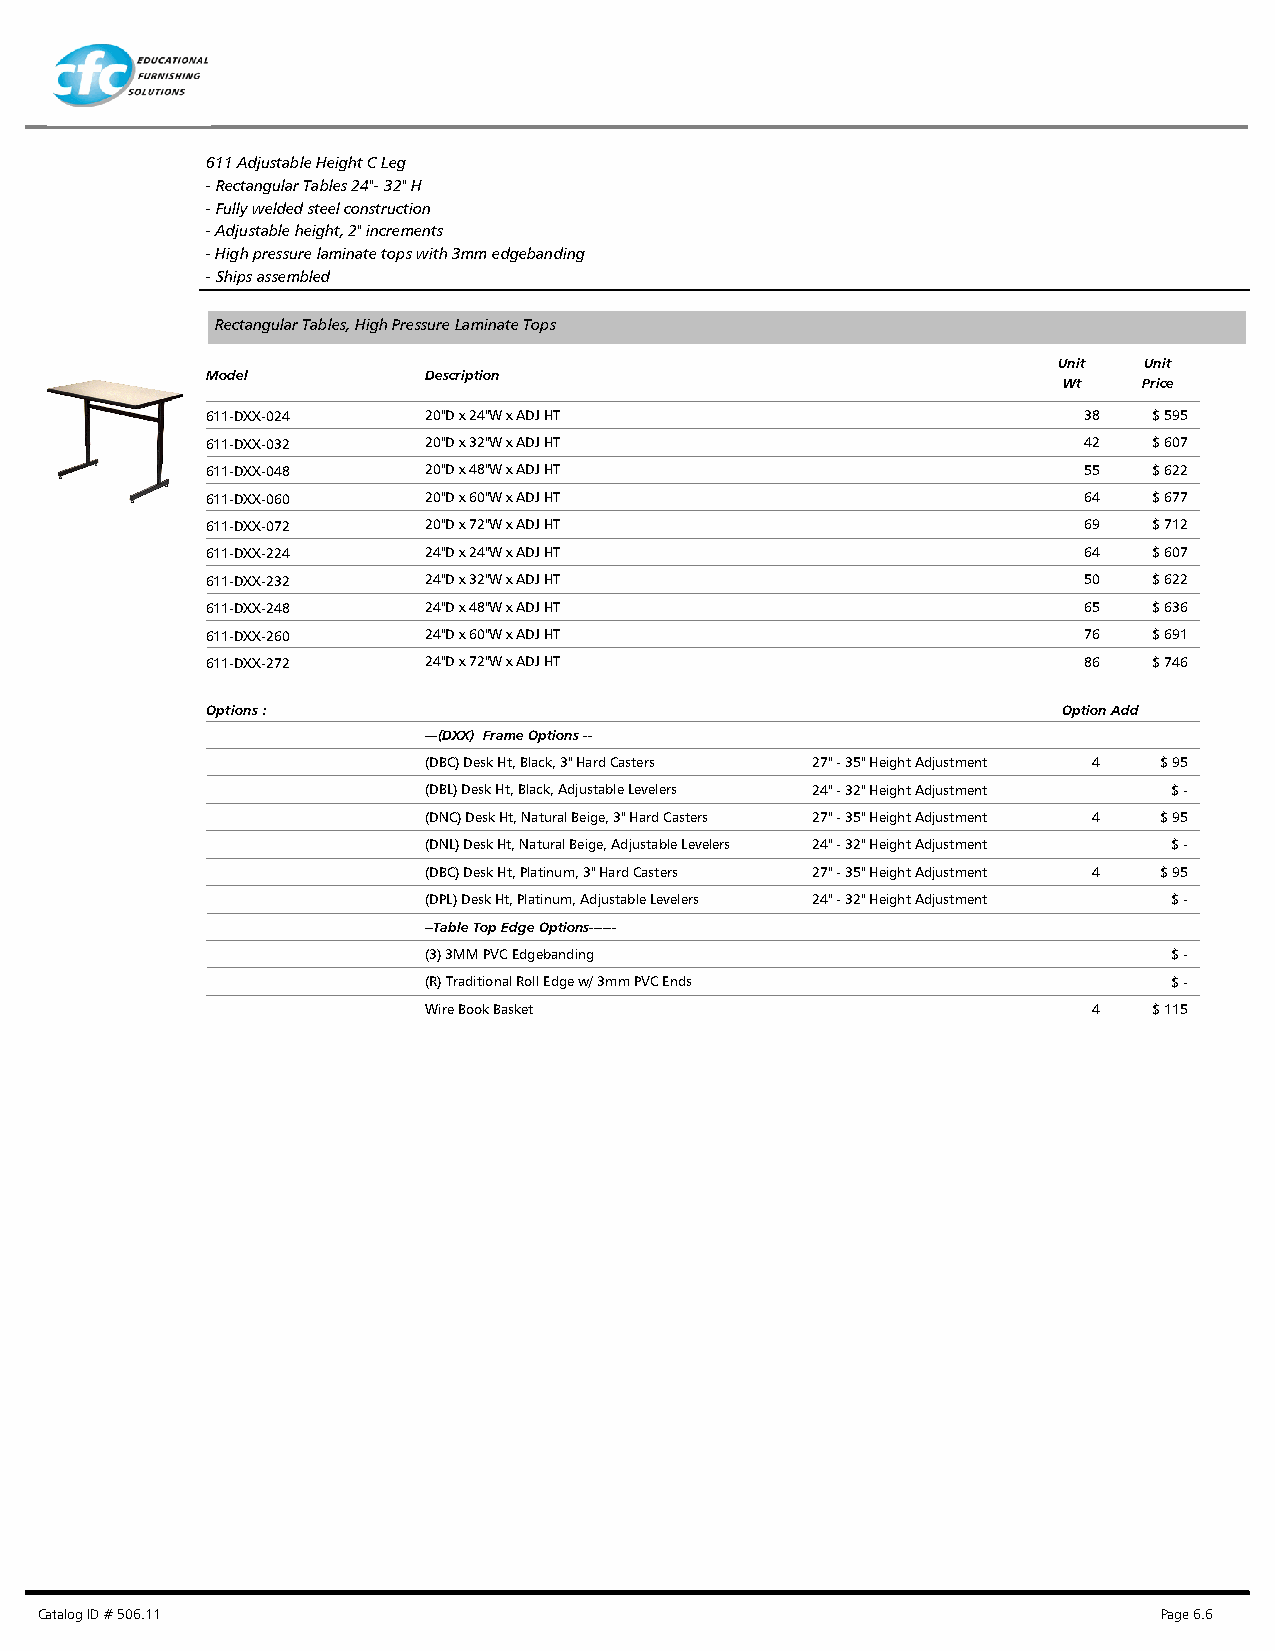
611 Adjustable Height C Leg
 - Rectangular Tables 24"- 32" H
 - Fully welded steel construction
 - Adjustable height, 2" increments
 - High pressure laminate tops with 3mm edgebanding
 - Ships assembled
 Rectangular Tables, High Pressure Laminate Tops
 Unit  Unit
 Model         Description
 Wt    Price
 611-DXX-024   20"D x 24"W x ADJ HT                        38  $ 595
 611-DXX-032   20"D x 32"W x ADJ HT                        42  $ 607
 611-DXX-048   20"D x 48"W x ADJ HT                        55  $ 622
 611-DXX-060   20"D x 60"W x ADJ HT                        64  $ 677
 611-DXX-072   20"D x 72"W x ADJ HT                        69  $ 712
 611-DXX-224   24"D x 24"W x ADJ HT                        64  $ 607
 611-DXX-232   24"D x 32"W x ADJ HT                        50  $ 622
 611-DXX-248   24"D x 48"W x ADJ HT                        65  $ 636
 611-DXX-260   24"D x 60"W x ADJ HT                        76  $ 691
 611-DXX-272   24"D x 72"W x ADJ HT                        86  $ 746
 Options :                                               Option Add
 ---(DXX) Frame Options --
 (DBC) Desk Ht, Black, 3" Hard Casters 27" - 35" Height Adjustment 4 $ 95
 (DBL) Desk Ht, Black, Adjustable Levelers 24" - 32" Height Adjustment $ -
 (DNC) Desk Ht, Natural Beige, 3" Hard Casters 27" - 35" Height Adjustment 4 $ 95
 (DNL) Desk Ht, Natural Beige, Adjustable Levelers 24" - 32" Height Adjustment $ -
 (DBC) Desk Ht, Platinum, 3" Hard Casters 27" - 35" Height Adjustment 4 $ 95
 (DPL) Desk Ht, Platinum, Adjustable Levelers 24" - 32" Height Adjustment $ -
 --Table Top Edge Options------
 (3) 3MM PVC Edgebanding                           $ -
 (R) Traditional Roll Edge w/ 3mm PVC Ends         $ -
 Wire Book Basket                            4   $ 115
 Catalog ID # 506.11                                                        Page 6.6